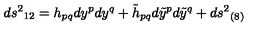
d s ^ { 2 } { } _ { 1 2 } = h _ { p q } d y ^ { p } d y ^ { q } + \tilde { h } _ { p q } d \tilde { y } ^ { p } d \tilde { y } ^ { q } + d s ^ { 2 } { } _ { ( 8 ) }